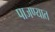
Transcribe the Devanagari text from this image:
पाजण्यात